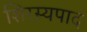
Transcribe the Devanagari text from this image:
शिरस्यपाद